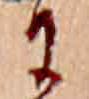
に